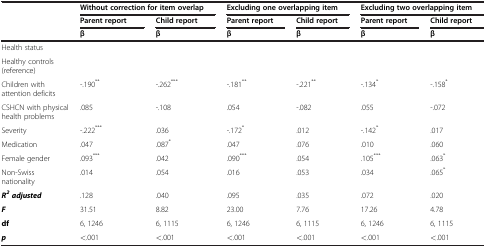
| <ROWSPAN=3>  | <COLSPAN=2> Without correction for item overlap | <COLSPAN=2> Excluding one overlapping item | <COLSPAN=2> Excluding two overlapping item |
 | Parent report | Child report | Parent report | Child report | Parent report | Child report |
 | β | β | β | β | β | β |
 | --- | --- | --- | --- | --- | --- | --- |
 | Health status |  |  |  |  |  |  |
 | Healthy controls (reference) |  |  |  |  |  |  |
 | Children with attention deficits | -.190** | -.262*** | -.181** | -.221** | -.134* | -.158* |
 | CSHCN with physical health problems | .085 | -.108 | .054 | -.082 | .055 | -.072 |
 | Severity | -.222*** | .036 | -.172* | .012 | -.142* | .017 |
 | Medication | .047 | .087* | .047 | .076 | .010 | .060 |
 | Female gender | .093*** | .042 | .090*** | .054 | .105*** | .063* |
 | Non-Swiss nationality | .014 | .054 | .016 | .053 | .034 | .065* |
 | R2adjusted | .128 | .040 | .095 | .035 | .072 | .020 |
 | F | 31.51 | 8.82 | 23.00 | 7.76 | 17.26 | 4.78 |
 | df | 6, 1246 | 6, 1115 | 6, 1246 | 6, 1115 | 6, 1246 | 6, 1115 |
 | p | <.001 | <.001 | <.001 | <.001 | <.001 | <.001 |